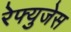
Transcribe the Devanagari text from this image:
रेफ्युजेस